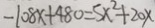
- 1 0 8 x + 4 8 0 = 5 x ^ { 2 } + 2 0 x